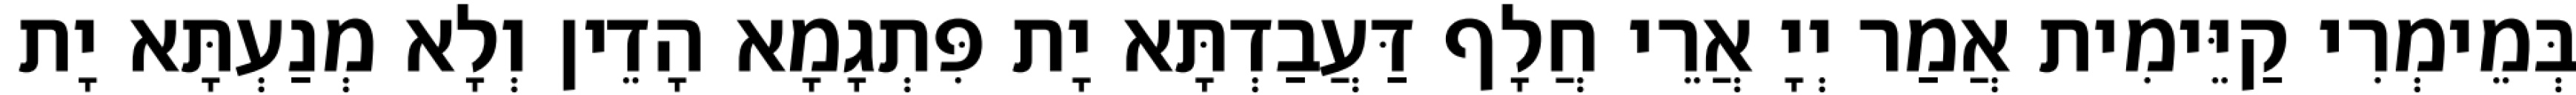
בְּמֵימְרִי קַיֵּימִית אֲמַר יְיָ אֲרֵי חֲלָף דַּעֲבַדְתָּא יָת פִּתְגָמָא הָדֵין וְלָא מְנַעְתָּא יָת